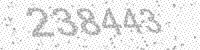
Solution: 238443